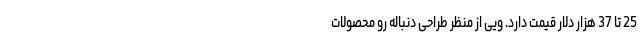
25 تا 37 هزار دلار قیمت دارد. ویی از منظر طراحی دنباله رو محصولات